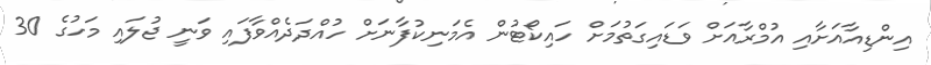
އިންޑިއާއަށާއި އުމްރާއަށް ވަޑައިގަތުމަށް ހައިކޯޓުން އެމަނިކުފާނަށް ހުއްދަދެއްވާފައި ވަނީ ޖުލައި މަހުގެ 30